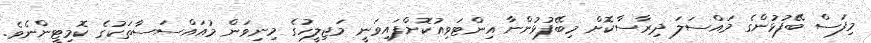
މިފަސް ބޭފުޅުންގެ މައްސަލަ ދިރާސާކޮށް މިބޭފުޅުންނާ އިންޓަވިއުކޮށްފައިވަނީ މަޖިލީހުގެ މިނިވަން މުއައްސަސާތަކުގެ ކޮމިޓީންނެވެ.